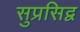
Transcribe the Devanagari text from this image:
सुप्रसिद्व